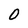
Character: 0